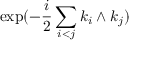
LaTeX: \exp ( - \frac { i } { 2 } \sum _ { i < j } k _ { i } \wedge k _ { j } )